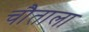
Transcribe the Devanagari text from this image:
चौताला